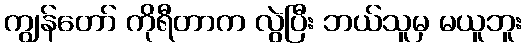
ကျွန်တော် ကိုရီတာက လွဲပြီး ဘယ်သူမှ မယူဘူး